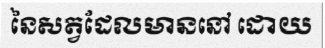
នៃសត្វដែលមាននៅ ដោយ